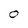
Character: O